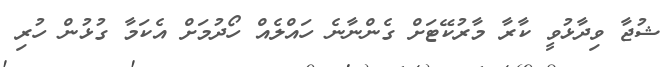
ޝުޖާ ވިދާޅުވީ ކާރާ މާރުކޭޓަށް ގެންނާނެ ހައްލެއް ހޯދުމަށް އެކަމާ ގުޅުން ހުރި